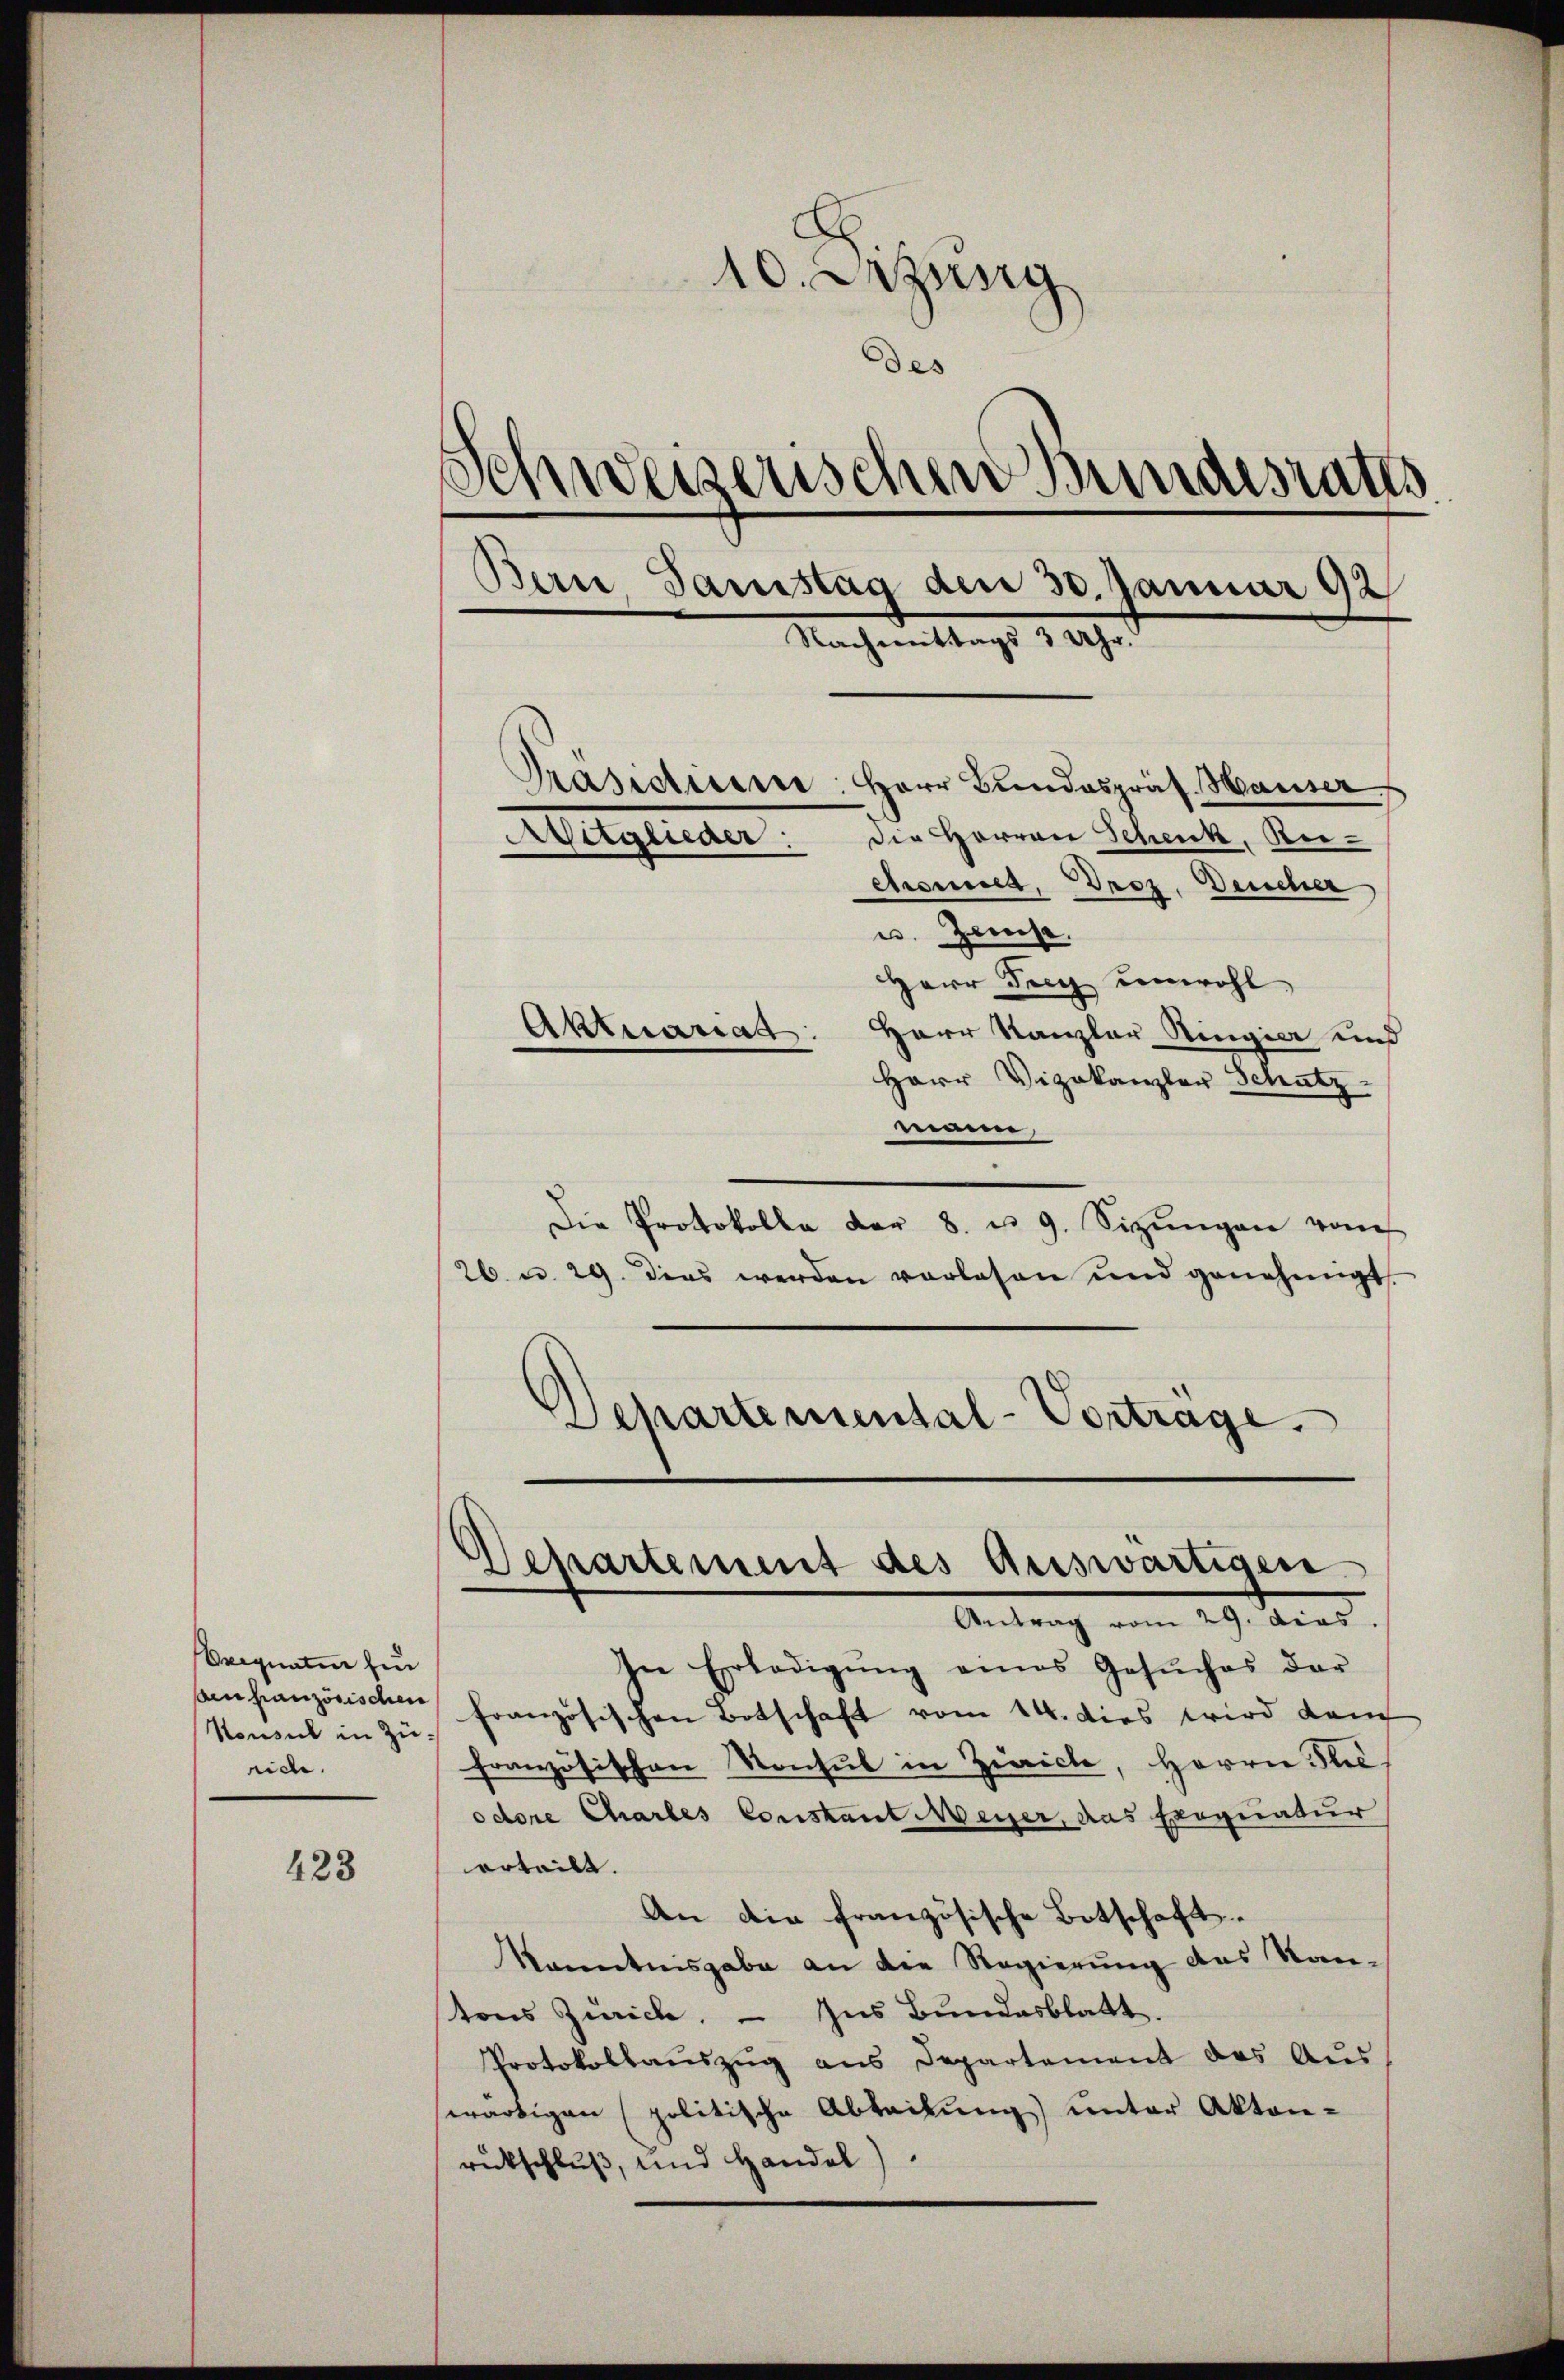
Brignaten heu
Anfranzösischen
Konsul in Zürich.

423

10. Dezung
des
d
chweiserischen Bundesraths
Bern, Samstag den 30. Januar 92
Nachmittags 3 Uhr.
Prasistiren: Herr Bundespräs. Hauser
vergicaer: die Herren Schenk, Re¬
Arsend, Droz. Deucher
u. Zens
Herr Frey unwohl
Aktuariat: Herr Kanzler Ringier und
Herr Vizekanzler Senatz

ma
Die Protokolle der 8. u. 9. Sizŭngen vom
26 u. 29. dies werden vorlesen und genehmigt.
Departemental-Vortrage.

Departement des Auswärtigen
Antrag vom 29. dies

In Erledigŭng eines Gesŭches der
französischen Botschaft vom 14. dies wird dam
französischen Konsul in Zürich, Herrn Stel
odore Chartes Conskant Meyer, das Exequatur
erteilt.
An die französische Botschaft-
Kenntnisgabe an die Regierung des Kan-
tons Zürich. - Ins Bundesblatt.
Protokollauszug aus Departement das Aus
wärtigen (politische Abteilŭng ŭnter Akten-
rückschluß, und Handel)